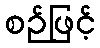
စဉ်ဖြင့်